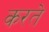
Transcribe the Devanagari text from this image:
करते